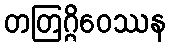
တတြဂ္ဂိဝေဿန